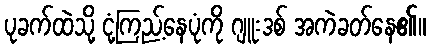
ပုခက်ထဲသို့ ငုံ့ကြည့်နေပုံကို ဂျူးဒစ် အကဲခတ်နေ၏။